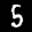
Label: 5